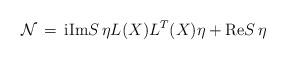
LaTeX: \begin{align*}{\cal N}\, = \, {\rm i} {\rm Im}S \, \eta L(X) L^T(X) \eta+ {\rm Re}S \, \eta\end{align*}